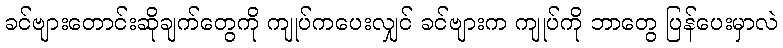
ခင်ဗျားတောင်းဆိုချက်တွေကို ကျုပ်ကပေးလျှင် ခင်ဗျားက ကျုပ်ကို ဘာတွေ ပြန်ပေးမှာလဲ